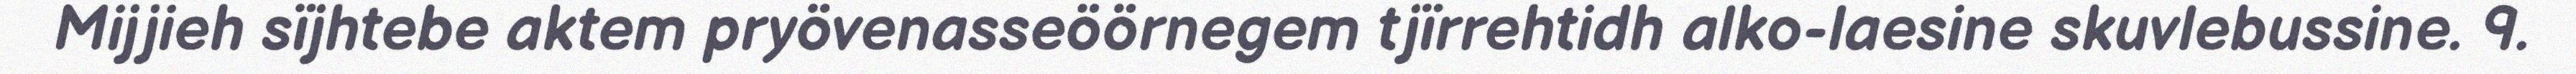
Mijjieh sïjhtebe aktem pryövenasseöörnegem tjïrrehtidh alko-laesine skuvlebussine. 9.